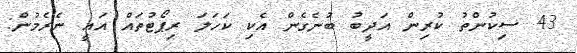
43 ސިކުންތު ކުރިން އަދީބު ބުނެގެން އެކި ކަހަލަ ރިޕޯޓުތައް އައީ ނެރެމުން: